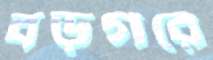
বড়গরে